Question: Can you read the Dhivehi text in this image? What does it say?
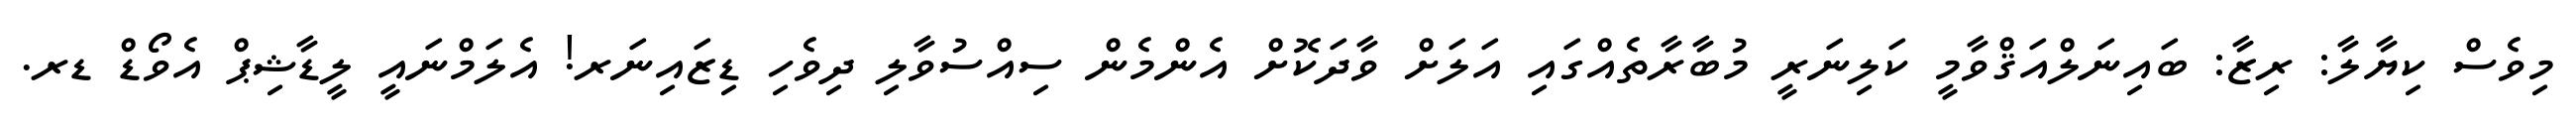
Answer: މިވެސް ކިޔާލާ: ރިޒާ: ބައިނަލްއަޤްވާމީ ކަލިނަރީ މުބާރާތެއްގައި އަލަށް ވާދަކޮށް އެންމެން ސިއްސުވާލި ދިވެހި ޑިޒައިނަރ! އެލަމްނައީ ލީޑާޝިޕް އެވޯޑް ޑރ.